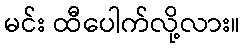
မင်း ထီပေါက်လို့လား။